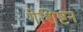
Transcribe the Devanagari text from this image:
गेशिष्टन